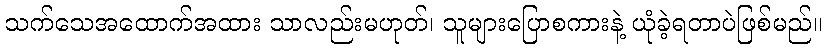
သက်သေအထောက်အထား သာလည်းမဟုတ်၊ သူများပြောစကားနဲ့ ယုံခဲ့ရတာပဲဖြစ်မည်။